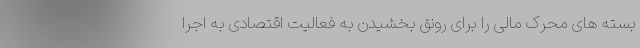
بسته های محرک مالی را برای رونق بخشیدن به فعالیت اقتصادی به اجرا